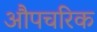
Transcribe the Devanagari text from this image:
औपचरिक